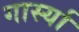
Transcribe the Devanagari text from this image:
गार्स्या